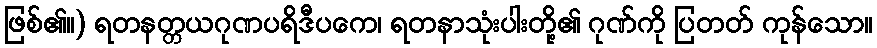
ဖြစ်၏။) ရတနတ္တယဂုဏပရိဒီပကေ၊ ရတနာသုံးပါးတို့၏ ဂုဏ်ကို ပြတတ် ကုန်သော။